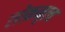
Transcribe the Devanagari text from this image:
लोकनृत्‍य